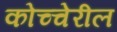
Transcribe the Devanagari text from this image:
कोच्चेरील